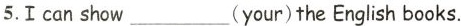
5.Ⅰcan show___(your)the English books.